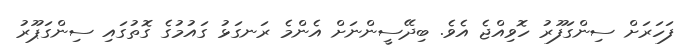
ފަހަރަށް ސިންގަފޫރު ހޮވިއްޖެ އެވެ. ބިދޭސީންނަށް އެންމެ ރަނގަޅު ގައުމުގެ ގޮތުގައި ސިންގަޕޫރު